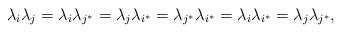
LaTeX: \begin{align*}\lambda_i\lambda_j=\lambda_i\lambda_{j^*} = \lambda_j\lambda_{i^*} = \lambda_{j^*}\lambda_{i^*} = \lambda_i\lambda_{i^*} = \lambda_j\lambda_{j^*},\end{align*}